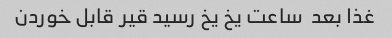
غذا بعد  ساعت یخ یخ رسید قیر قابل خوردن